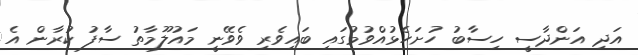
އަދި އަންދާސީ ހިސާބު ހުށަހެޅުއްވުމުގައި ބައިވެރި ވެވޭނީ މައުލޫމާތު ސާފު ކުރާން އެ